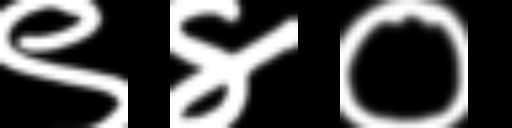
Text: ९४०